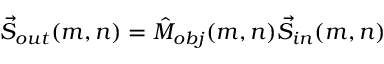
\vec { S } _ { o u t } ( m , n ) = \hat { M } _ { o b j } ( m , n ) \vec { S } _ { i n } ( m , n )